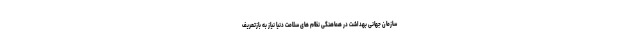
سازمان جهانی بهداشت در هماهنگی نظام های سلامت دنیا نیاز به بازتعریف